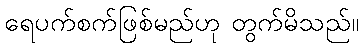
ရေပက်စက်ဖြစ်မည်ဟု တွက်မိသည်။